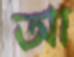
আ